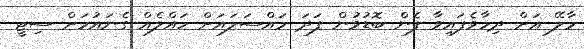
މާލޭ އަށް ދިމާވެފައިވާ ފެން ބޮޑުވުން ފަދަ މައްސަލައަށް ހައްލެއް ގެނައުމަށް ސިޓީ